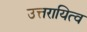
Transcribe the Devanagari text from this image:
उत्तरायित्व